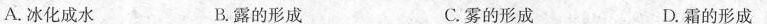
A.冰化成水 B.露的形成 C.雾的形成 D.霜的形成